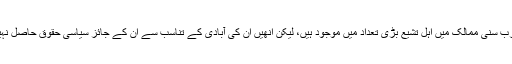
عرب سنی ممالک میں اہل تشیع بڑی تعداد میں موجود ہیں، لیکن انھیں ان کی آبادی کے تناسب سے ان کے جائز سیاسی حقوق حاصل نہیں۔